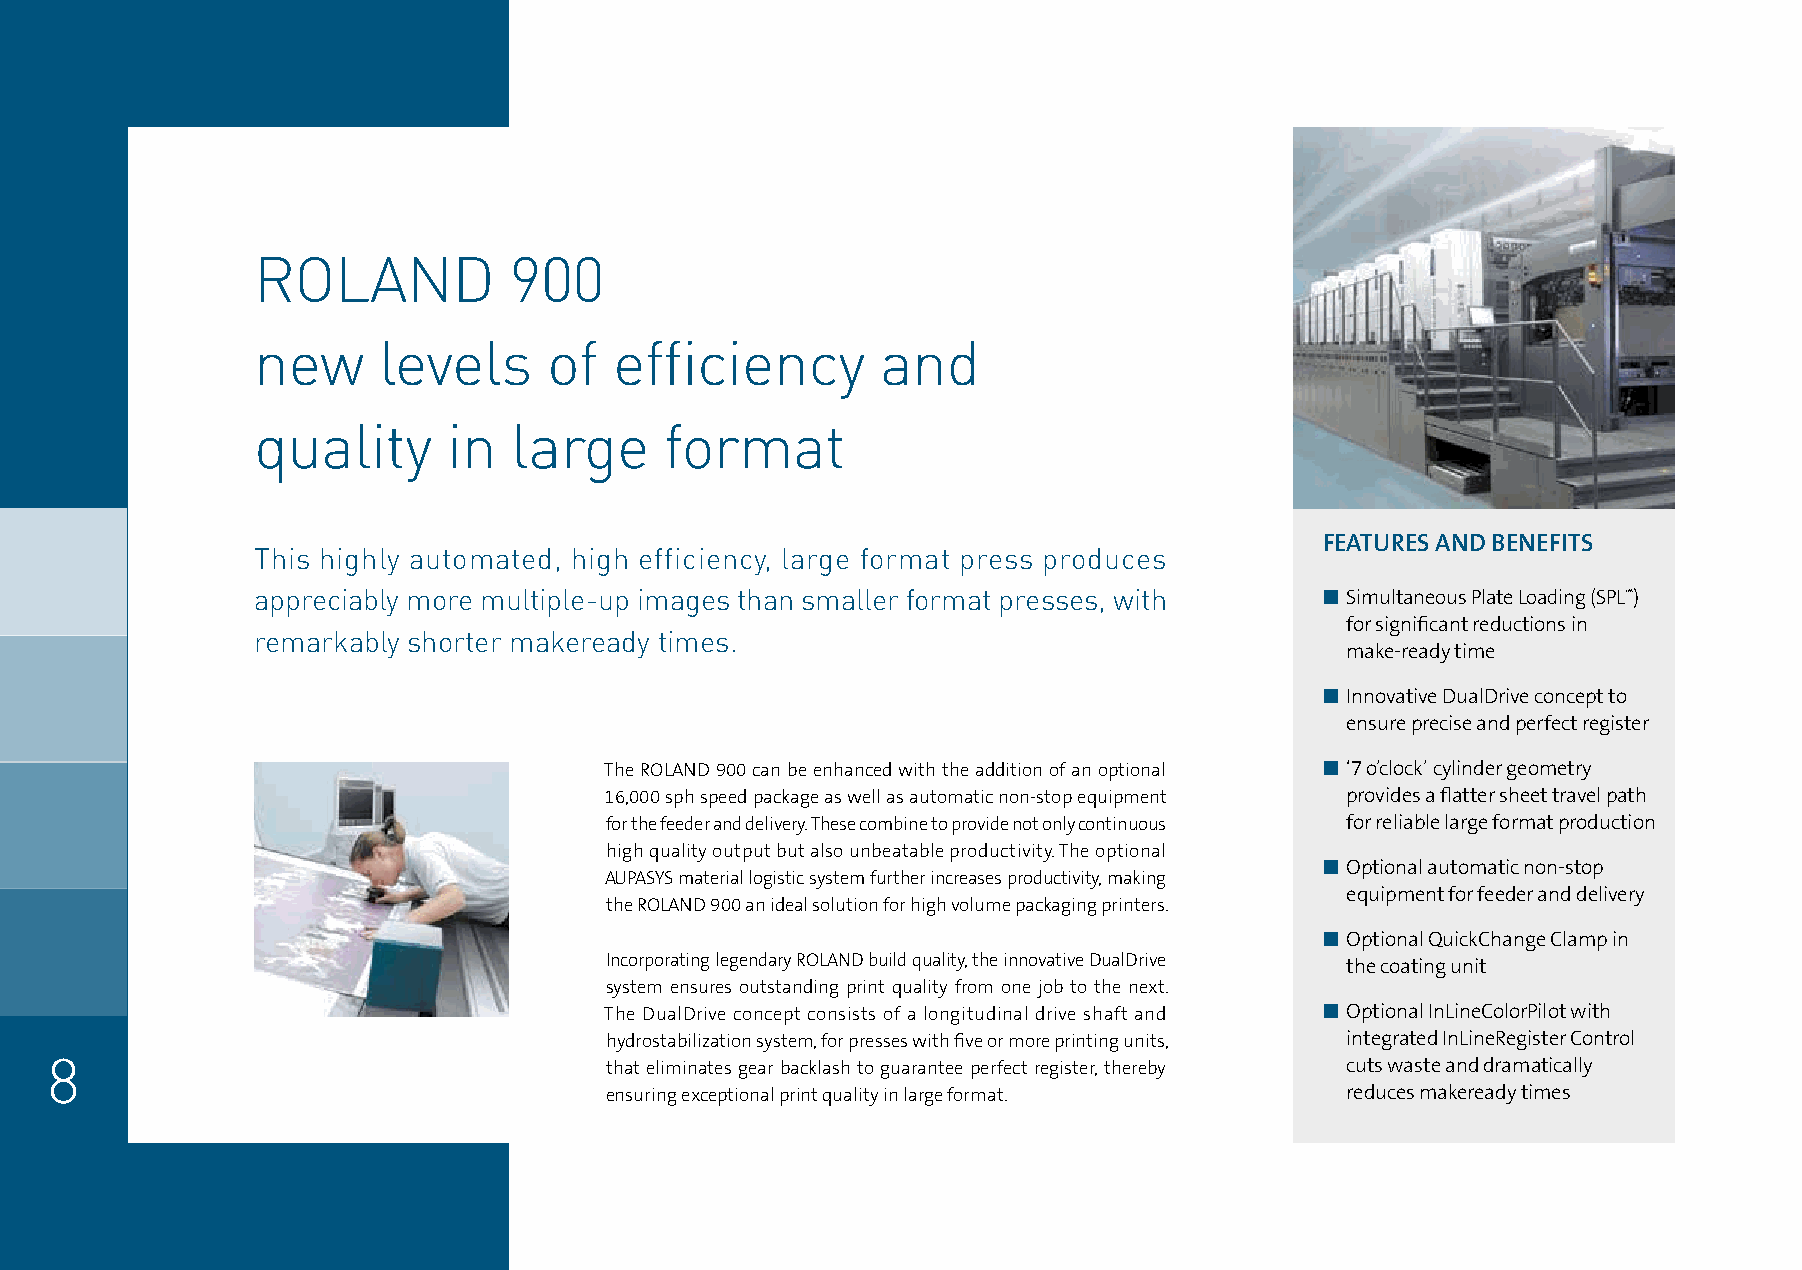
ROLAND           900
 new     levels     of   efficiency       and
 quality      in  large     format
 FEATURES AND BENEFITS
 This highly automated, high efficiency, large format press produces
 appreciably more multiple-up images than smaller format presses, with  n Simultaneous Plate Loading (SPL™)
 for significant reductions in
 remarkably shorter makeready times.
 make-ready time
 n Innovative DualDrive concept to
 ensure precise and perfect register
 The ROLAND 900 can be enhanced with the addition of an optional n ‘7 o’clock’ cylinder geometry
 16,000 sph speed package as well as automatic non-stop equipment provides a flatter sheet travel path
 for the feeder and delivery. These combine to provide not only continuous for reliable large format production
 high quality output but also unbeatable productivity. The optional
 n Optional automatic non-stop
 AUPASYS material logistic system further increases productivity, making
 equipment for feeder and delivery
 the ROLAND 900 an ideal solution for high volume packaging printers.
 n Optional QuickChange Clamp in
 Incorporating legendary ROLAND build quality, the innovative DualDrive the coating unit
 system ensures outstanding print quality from one job to the next.
 The DualDrive concept consists of a longitudinal drive shaft and n Optional InLineColorPilot with
 hydrostabilization system, for presses with five or more printing units, integrated InLineRegister Control
 8                                    that eliminates gear backlash to guarantee perfect register, thereby cuts waste and dramatically
 ensuring exceptional print quality in large format. reduces makeready times